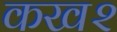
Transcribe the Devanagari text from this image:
कख२